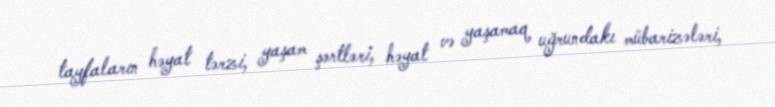
tayfaların həyat tərzi, yaşam şərtləri, həyat və yaşamaq uğrundakı mübarizələri,